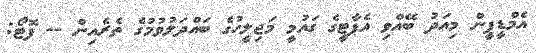
އެމްޑީޕީން މިއަދު ބޭއްވި އެޕާޓީގެ ގައުމީ މަޖިލީހުގެ ބައްދަލުވުމުގެ ތެރެއިން -- ފޮޓޯ: